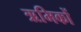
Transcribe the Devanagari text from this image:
ऋमिकों